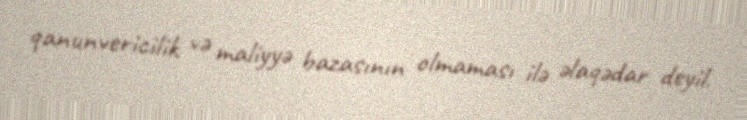
qanunvericilik və maliyyə bazasının olmaması ilə əlaqədar deyil.